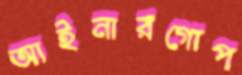
আইনারগোপ